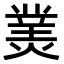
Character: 𤎀